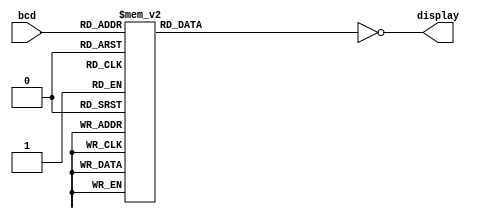
module LED7seg(display, bcd);
	output [6:0] display;
	input [3:0] bcd;
	reg [6:0] display;
	always @(bcd) begin
		case (bcd)
			0: display = 7'b111_1110;
			1: display = 7'b011_0000;
			2: display = 7'b110_1101;
			3: display = 7'b111_1001;
			4: display = 7'b011_0011;
			5: display = 7'b101_1011;
			6: display = 7'b101_1111;
			7: display = 7'b111_0000;
			8: display = 7'b111_1111;
			9: display = 7'b111_1011;
			10: display = 7'b111_0111;
			11: display = 7'b001_1111;
			12: display = 7'b100_1110;
			13: display = 7'b011_1101;
			14: display = 7'b100_1111;
			15: display = 7'b100_0111;
			default: display = 7'b000_0000;
		endcase
		display = ~display;
	end
endmodule